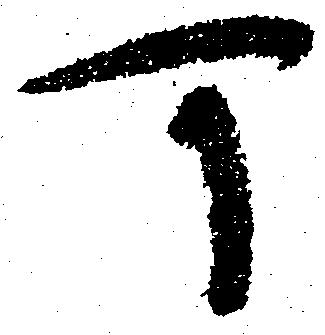
可